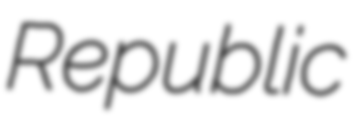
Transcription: Republic